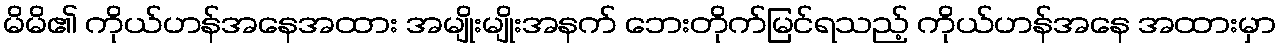
မိမိ၏ ကိုယ်ဟန်အနေအထား အမျိုးမျိုးအနက် ဘေးတိုက်မြင်ရသည့် ကိုယ်ဟန်အနေ အထားမှာ